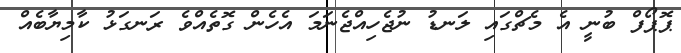
ޕޮޕޯފް ބުނީ އެ މެޗްގައި ލަނޑު ނުޖެހިއްޖެނަމަ އެހެން ގޮތެއްވެ ރަނގަޅު ކާމިޔާބެއް